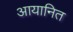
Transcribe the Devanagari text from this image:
आयानित